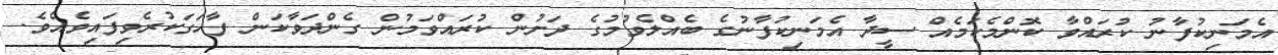
އެމަނިކުފާނު ކުރައްވާ ކޮންމެކަމެއް ސީދާ އެމަނިކުފާނުގެ ބެއްލެވުމުގެ ދަށުން ކުރައްވަމުން ގެންދަވާކަން ފާހަގަކުރެވިފައިވެއެވެ.